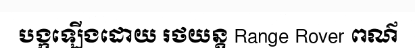
បង្កឡើងដោយ រថយន្ត Range Rover ពណ៌